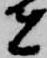
者